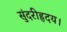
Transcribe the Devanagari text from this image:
सुंदरीहृदय।